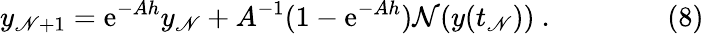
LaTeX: y_{\mathscr{N}+1}=\mathrm{e}^{-Ah}y_{\mathscr{N}}+A^{-1}(1-\mathrm{e}^{-Ah}){\mathcal{{N}}}(y(t_{\mathscr{N}}))\ .\qquad\qquad(8)